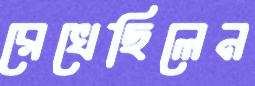
রেখেছিলেন